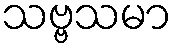
သဗ္ဗသမာ